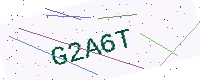
Text: G2A6T